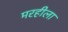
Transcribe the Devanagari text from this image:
मरहीला